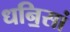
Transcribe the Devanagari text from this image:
धनि॒सां